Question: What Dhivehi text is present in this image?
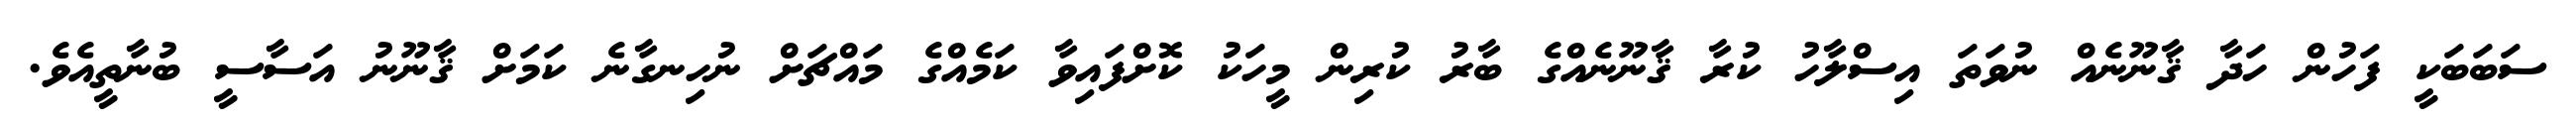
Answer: ސަބަބަކީ ފަހުން ހަދާ ޤާނޫނެއް ނުވަތަ އިސްލާހު ކުރާ ޤާނޫނެއްގެ ބާރު ކުރިން މީހަކު ކޮށްފައިވާ ކަމެއްގެ މައްޗަށް ނުހިނގާނެ ކަމަށް ޤާނޫނު އަސާސީ ބުނާތީއެވެ.